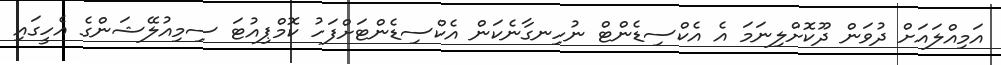
އަމިއްލައަށް ދުވަން ދޫކޮށްލިނަމަ އެ އެކްސިޑެންޓް ނުހިނގާނެކަން އެކްސިޑެންޓަށްފަހު ކޮމްޕިއުޓަ ސިމިއުލޭޝަންގެ އެހީގައި